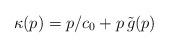
LaTeX: \begin{align*}\kappa(p) = p/c_0 + p\, \tilde{g}(p)\end{align*}